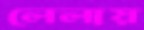
লেলায়